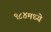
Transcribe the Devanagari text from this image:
९८४मध्ये